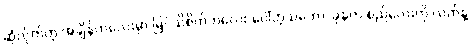
ဆုံလိုက်တဲ့ အချိန်ကလေးမှာ မြင်သိစိတ်ကလေး ပေါ်တဲ့သဘော၊ ခုနက စည်လေးကို လက်နဲ့